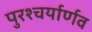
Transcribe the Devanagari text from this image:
पुरश्चर्यार्णव